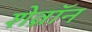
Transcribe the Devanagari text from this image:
शेव्रॉन